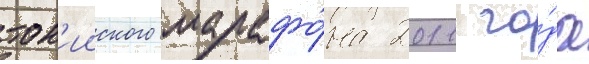
ток'ииского марафо́на 2011 го́да